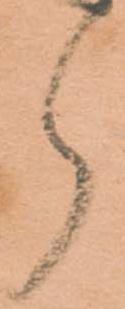
郎